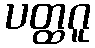
ပတ္ထဂူ